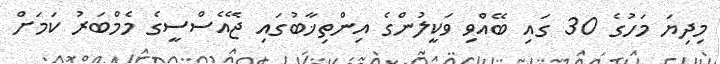
މިދިޔަ މަހުގެ 30 ގައި ބޭއްވި ވަކީލުންގެ އިންތިޚާބުގައި ޖޭއެސްސީގެ މެމްބަރު ކަމަށް